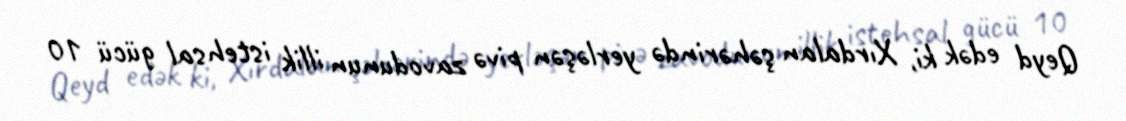
Qeyd edək ki, Xırdalan şəhərində yerləşən pivə zavodunun illik istehsal gücü 10